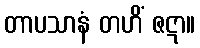
တာပသာနံ တဟိံ ဇဋာ။